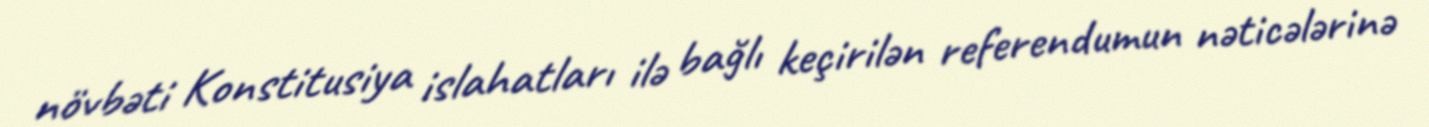
növbəti Konstitusiya islahatları ilə bağlı keçirilən referendumun nəticələrinə